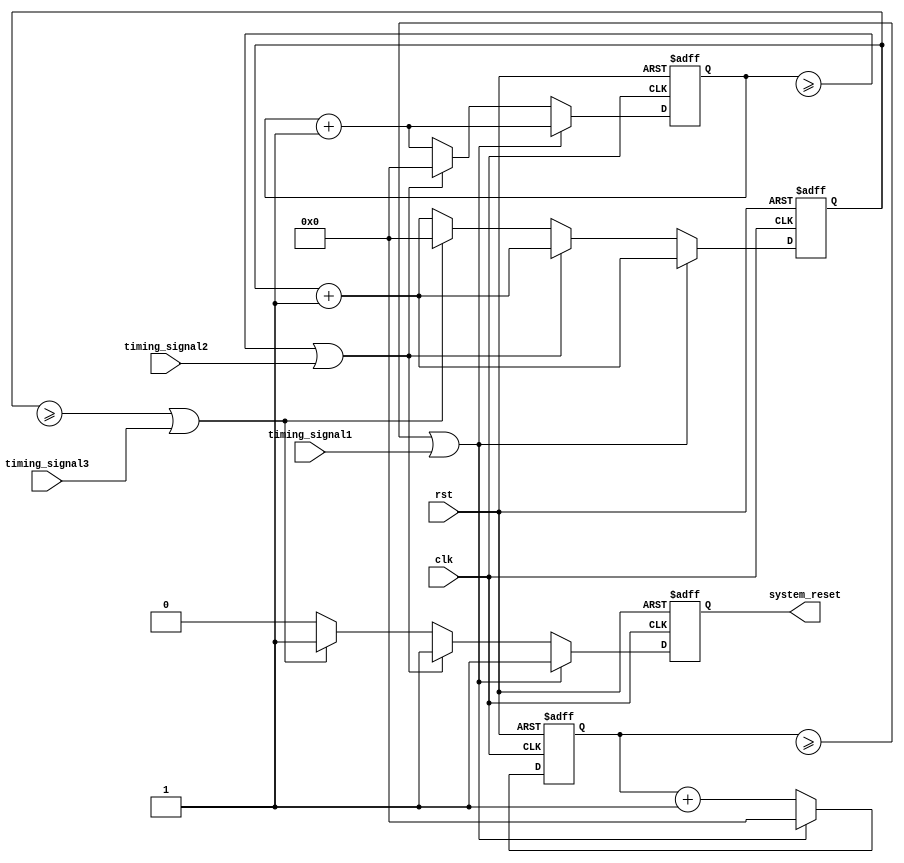
module Watchdog_timer (
    input clk,
    input rst,
    input timing_signal1,
    input timing_signal2,
    input timing_signal3,
    output reg system_reset
);

reg [23:0] counter1;
reg [23:0] counter2;
reg [23:0] counter3;

always @(posedge clk or posedge rst) begin
    if (rst) begin
        counter1 <= 24'd0;
        counter2 <= 24'd0;
        counter3 <= 24'd0;
        system_reset <= 1'b0;
    end else begin
        counter1 <= counter1 + 1;
        counter2 <= counter2 + 1;
        counter3 <= counter3 + 1;

        if (counter1 >= specified_time_limit1 || timing_signal1) begin
            system_reset <= 1'b1;
            counter1 <= 24'd0;
        end else if (counter2 >= specified_time_limit2 || timing_signal2) begin
            system_reset <= 1'b1;
            counter2 <= 24'd0;
        end else if (counter3 >= specified_time_limit3 || timing_signal3) begin
            system_reset <= 1'b1;
            counter3 <= 24'd0;
        end else begin
            system_reset <= 1'b0;
        end
    end
end

endmodule